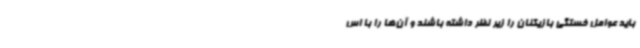
باید عوامل خستگی بازیکنان را زیر نظر داشته باشند و آن‌ها را با اس